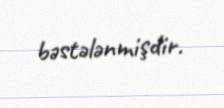
bəstələnmişdir.